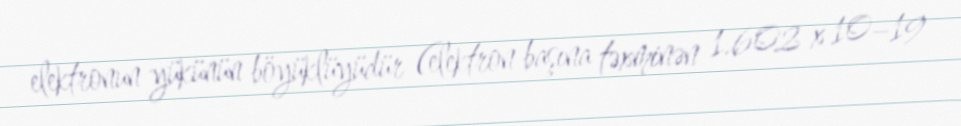
elektronun yükünün böyüklüyüdür (elektron başına təxminən 1.602 x 10−19